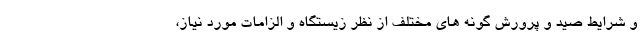
و شرایط صید و پرورش گونه های مختلف از نظر زیستگاه و الزامات مورد نیاز،